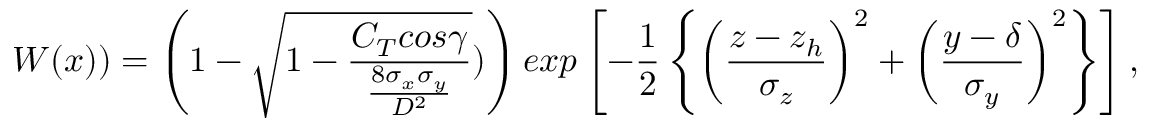
W ( \boldsymbol { x } ) ) = \left( 1 - \sqrt { 1 - \frac { C _ { T } c o s \gamma } { \frac { 8 \sigma _ { x } \sigma _ { y } } { D ^ { 2 } } } } ) \right) e x p \left[ - \frac { 1 } { 2 } \left\{ \left( \frac { z - z _ { h } } { \sigma _ { z } } \right) ^ { 2 } + \left( \frac { y - \delta } { \sigma _ { y } } \right) ^ { 2 } \right\} \right] ,